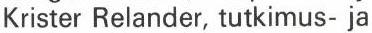
Krister Relander, tutkimus- ja